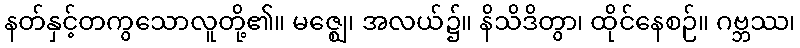
နတ်နှင့်တကွသောလူတို့၏။ မဇ္ဈေ၊ အလယ်၌။ နိသိဒိတွာ၊ ထိုင်နေစဉ်။ ဂဗ္ဘဿ၊